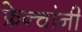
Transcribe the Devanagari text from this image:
फ्रेन्चांनी